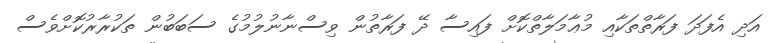
އަދި އެފަދަ ފަރާތްތަކާއި މުޢާމަލާތްކޮށް ފައިސާ ދޭ ފަރާތުން ވިސްނާނުލުމުގެ ސަބަބުން ތަކުރާރުކޮށްވެސް